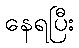
နေရပြီး